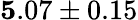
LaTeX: {\mathbf 5.07\pm 0.15}